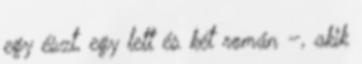
egy észt, egy lett és két román –, akik